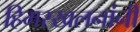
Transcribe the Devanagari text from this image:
हिमस्खलनांनी